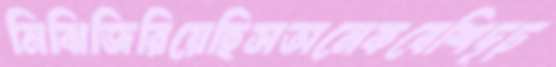
মিঝিজিরিয়েছিসঅনেকবেশিদৃঢ়